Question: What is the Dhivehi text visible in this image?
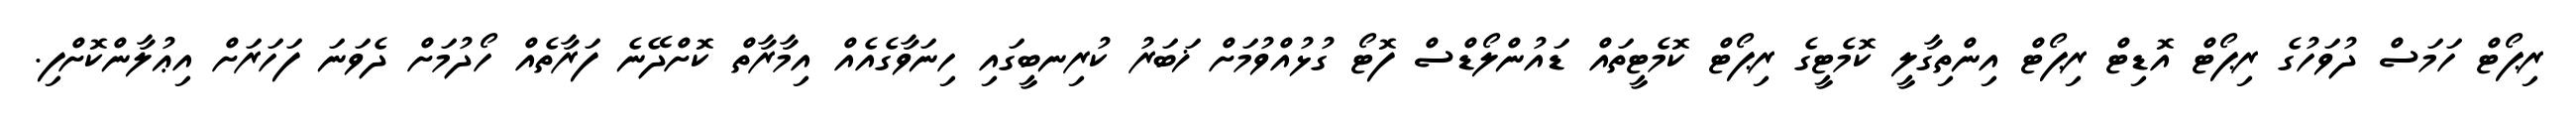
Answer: ރިޕޯޓް ހަމަސް ދުވަހުގެ ރިޕޯޓް އޮޑިޓް ރިޕޯޓް އިންތިގާލީ ކޮމެޓީގެ ރިޕޯޓް ކޮމެޓީތައް ޑައުންލޯޑްސް ފޮޓޯ ގުޅުއްވުމަށް ޚަބަރު ކުރިނބީގައި ހިނަވާގެއެއް އިމާރާތް ކޮށްދޭނެ ފަރާތެއް ހޯދުމަށް ދެވަނަ ފަހަރަށް އިޢުލާންކޮށްފި.